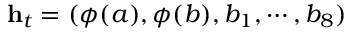
\mathbf { h } _ { t } = ( \phi ( a ) , \phi ( b ) , b _ { 1 } , \cdots , b _ { 8 } )